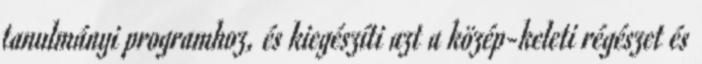
tanulmányi programhoz, és kiegészíti azt a közép-keleti régészet és